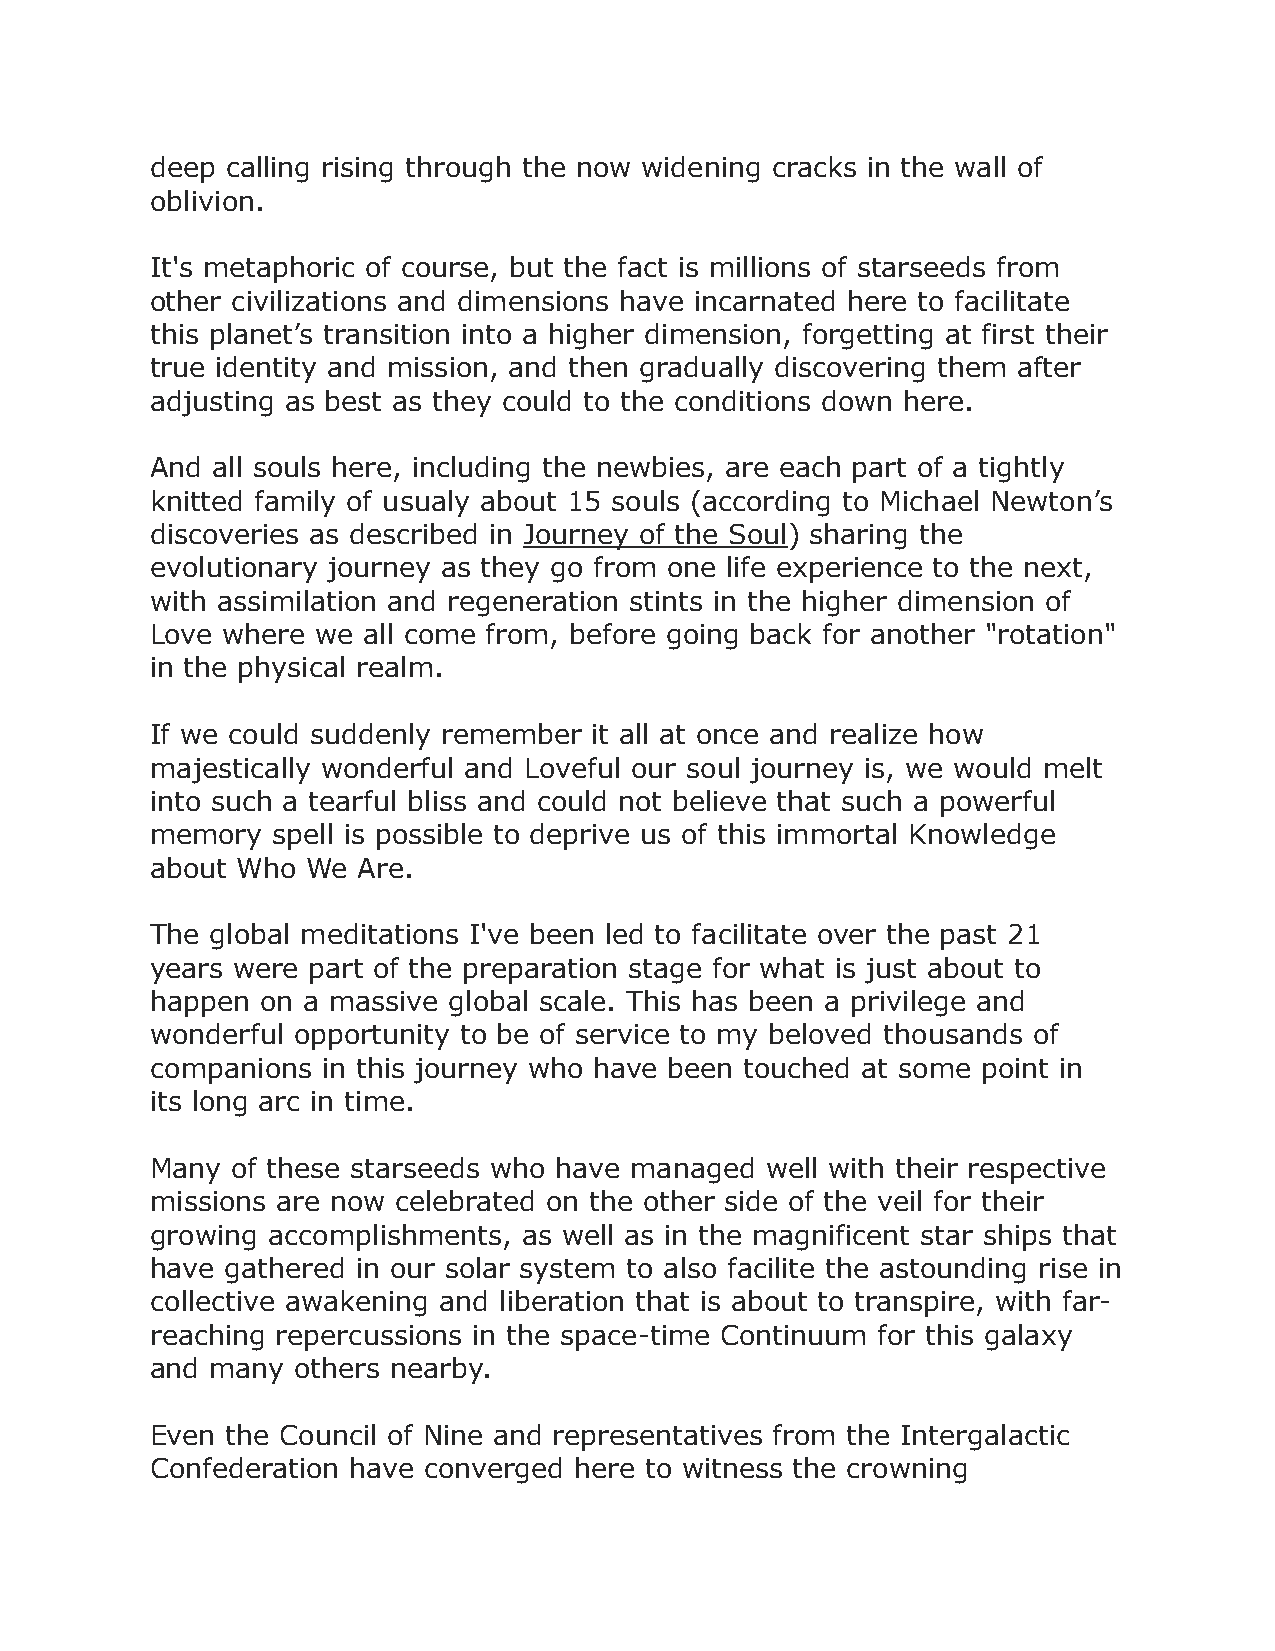
deep calling rising through the now widening cracks in the wall of
 oblivion.
 It's metaphoric of course, but the fact is millions of starseeds from
 other civilizations and dimensions have incarnated here to facilitate
 this planet’s transition into a higher dimension, forgetting at first their
 true identity and mission, and then gradually discovering them after
 adjusting as best as they could to the conditions down here.
 And all souls here, including the newbies, are each part of a tightly
 knitted family of usualy about 15 souls (according to Michael Newton’s
 discoveries as described in Journey of the Soul) sharing the
 evolutionary journey as they go from one life experience to the next,
 with assimilation and regeneration stints in the higher dimension of
 Love where we all come from, before going back for another "rotation"
 in the physical realm.
 If we could suddenly remember it all at once and realize how
 majestically wonderful and Loveful our soul journey is, we would melt
 into such a tearful bliss and could not believe that such a powerful
 memory  spell is possible to deprive us of this immortal Knowledge
 about Who We  Are.
 The global meditations I've been led to facilitate over the past 21
 years were part of the preparation stage for what is just about to
 happen on a massive global scale. This has been a privilege and
 wonderful opportunity to be of service to my beloved thousands of
 companions in this journey who have been touched at some point in
 its long arc in time.
 Many of these starseeds who have managed well with their respective
 missions are now celebrated on the other side of the veil for their
 growing accomplishments, as well as in the magnificent star ships that
 have gathered in our solar system to also facilite the astounding rise in
 collective awakening and liberation that is about to transpire, with far-
 reaching repercussions in the space-time Continuum for this galaxy
 and many  others nearby.
 Even the Council of Nine and representatives from the Intergalactic
 Confederation have converged here to witness the crowning